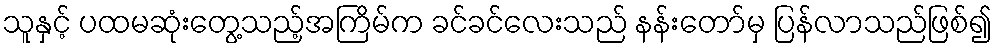
သူနှင့် ပထမဆုံးတွေ့သည့်အကြိမ်က ခင်ခင်လေးသည် နန်းတော်မှ ပြန်လာသည်ဖြစ်၍